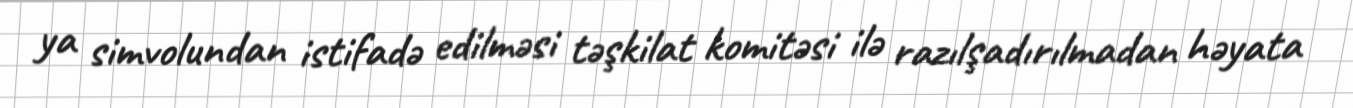
ya simvolundan istifadə edilməsi təşkilat komitəsi ilə razılşadırılmadan həyata